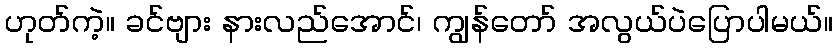
ဟုတ်ကဲ့။ ခင်ဗျား နားလည်အောင်၊ ကျွန်တော် အလွယ်ပဲပြောပါမယ်။